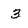
Character: 3